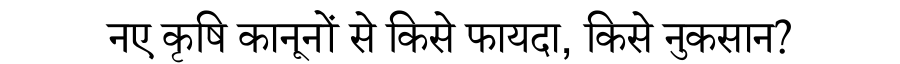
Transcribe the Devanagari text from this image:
नए कृषि कानूनों से किसे फायदा, किसे नुकसान?